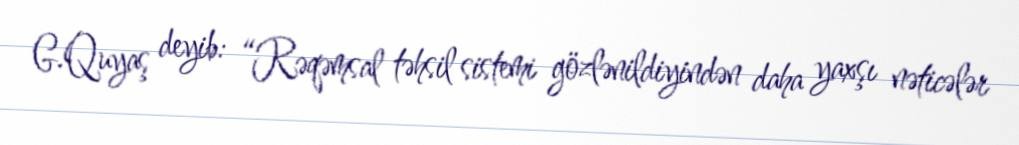
G.Quyaş deyib: “Rəqəmsal təhsil sistemi gözlənildiyindən daha yaxşı nəticələr